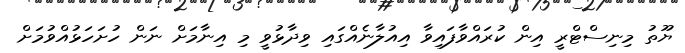
ޔޫތު މިނިސްޓްރީ އިން ކުރައްވާފައިވާ އިއުލާނެއްގައި ވިދާޅުވީ މި އިނާމަށް ނަން ހުށަހަޅުއްވުމަށް